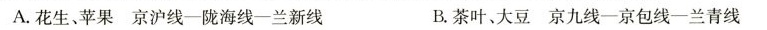
A.花生、苹果京沪线一陇海线-兰新线 B.茶叶、大豆京九线-京包线-兰青线